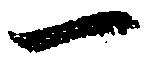
一